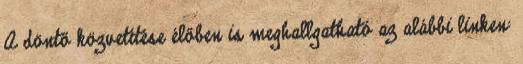
A döntő közvetítése élőben is meghallgatható az alábbi linken: